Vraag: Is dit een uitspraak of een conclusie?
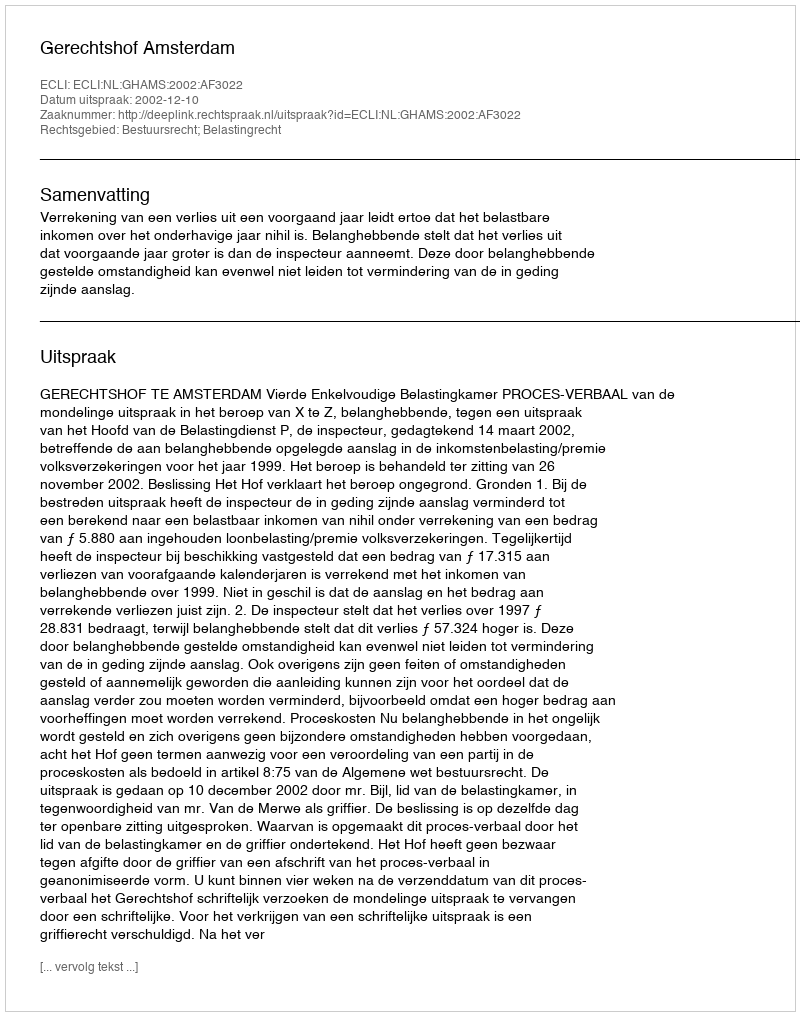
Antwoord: Uitspraak